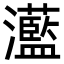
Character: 灆